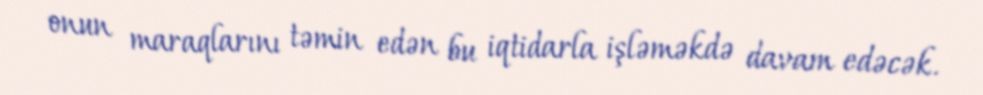
onun maraqlarını təmin edən bu iqtidarla işləməkdə davam edəcək.